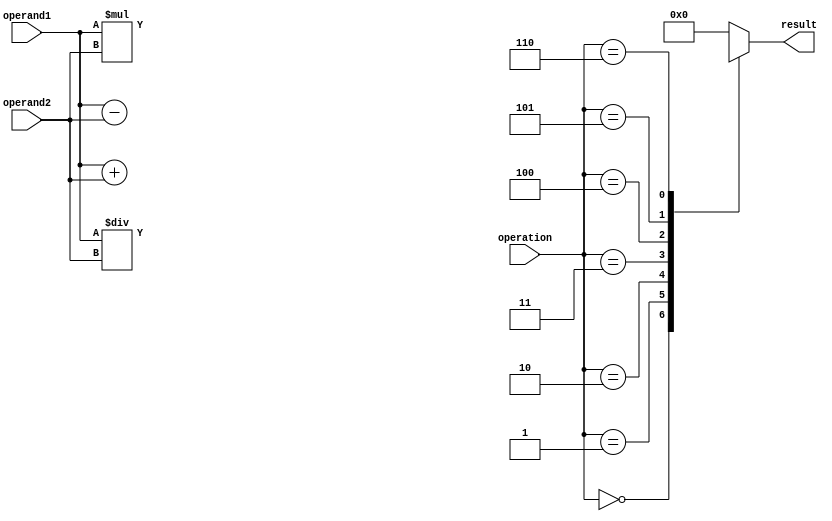
module TrigonometricALU (
    input [7:0] operand1,
    input [7:0] operand2,
    input [2:0] operation, // 0=add, 1=subtract, 2=multiply, 3=divide, 4=sine, 5=cosine, 6=tangent
    output reg [7:0] result
);

reg [7:0] temp_result;

always @(*)
begin
    case(operation)
        0: temp_result = operand1 + operand2; // Addition
        1: temp_result = operand1 - operand2; // Subtraction
        2: temp_result = operand1 * operand2; // Multiplication
        3: temp_result = operand1 / operand2; // Division
        4: temp_result = sine(operand1); // Sine calculation
        5: temp_result = cosine(operand1); // Cosine calculation
        6: temp_result = tangent(operand1); // Tangent calculation
        default: temp_result = 8'b0;
    endcase
end

assign result = temp_result;

function [7:0] sine;
// Sine calculation using lookup table or mathematical algorithm
endfunction

function [7:0] cosine;
// Cosine calculation using lookup table or mathematical algorithm
endfunction

function [7:0] tangent;
// Tangent calculation using lookup table or mathematical algorithm
endfunction

endmodule